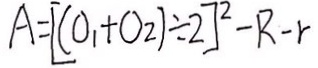
A = [ ( O _ { 1 } + O 2 ) \div 2 ] ^ { 2 } - R - r